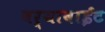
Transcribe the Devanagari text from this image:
बर्‍यावाईट